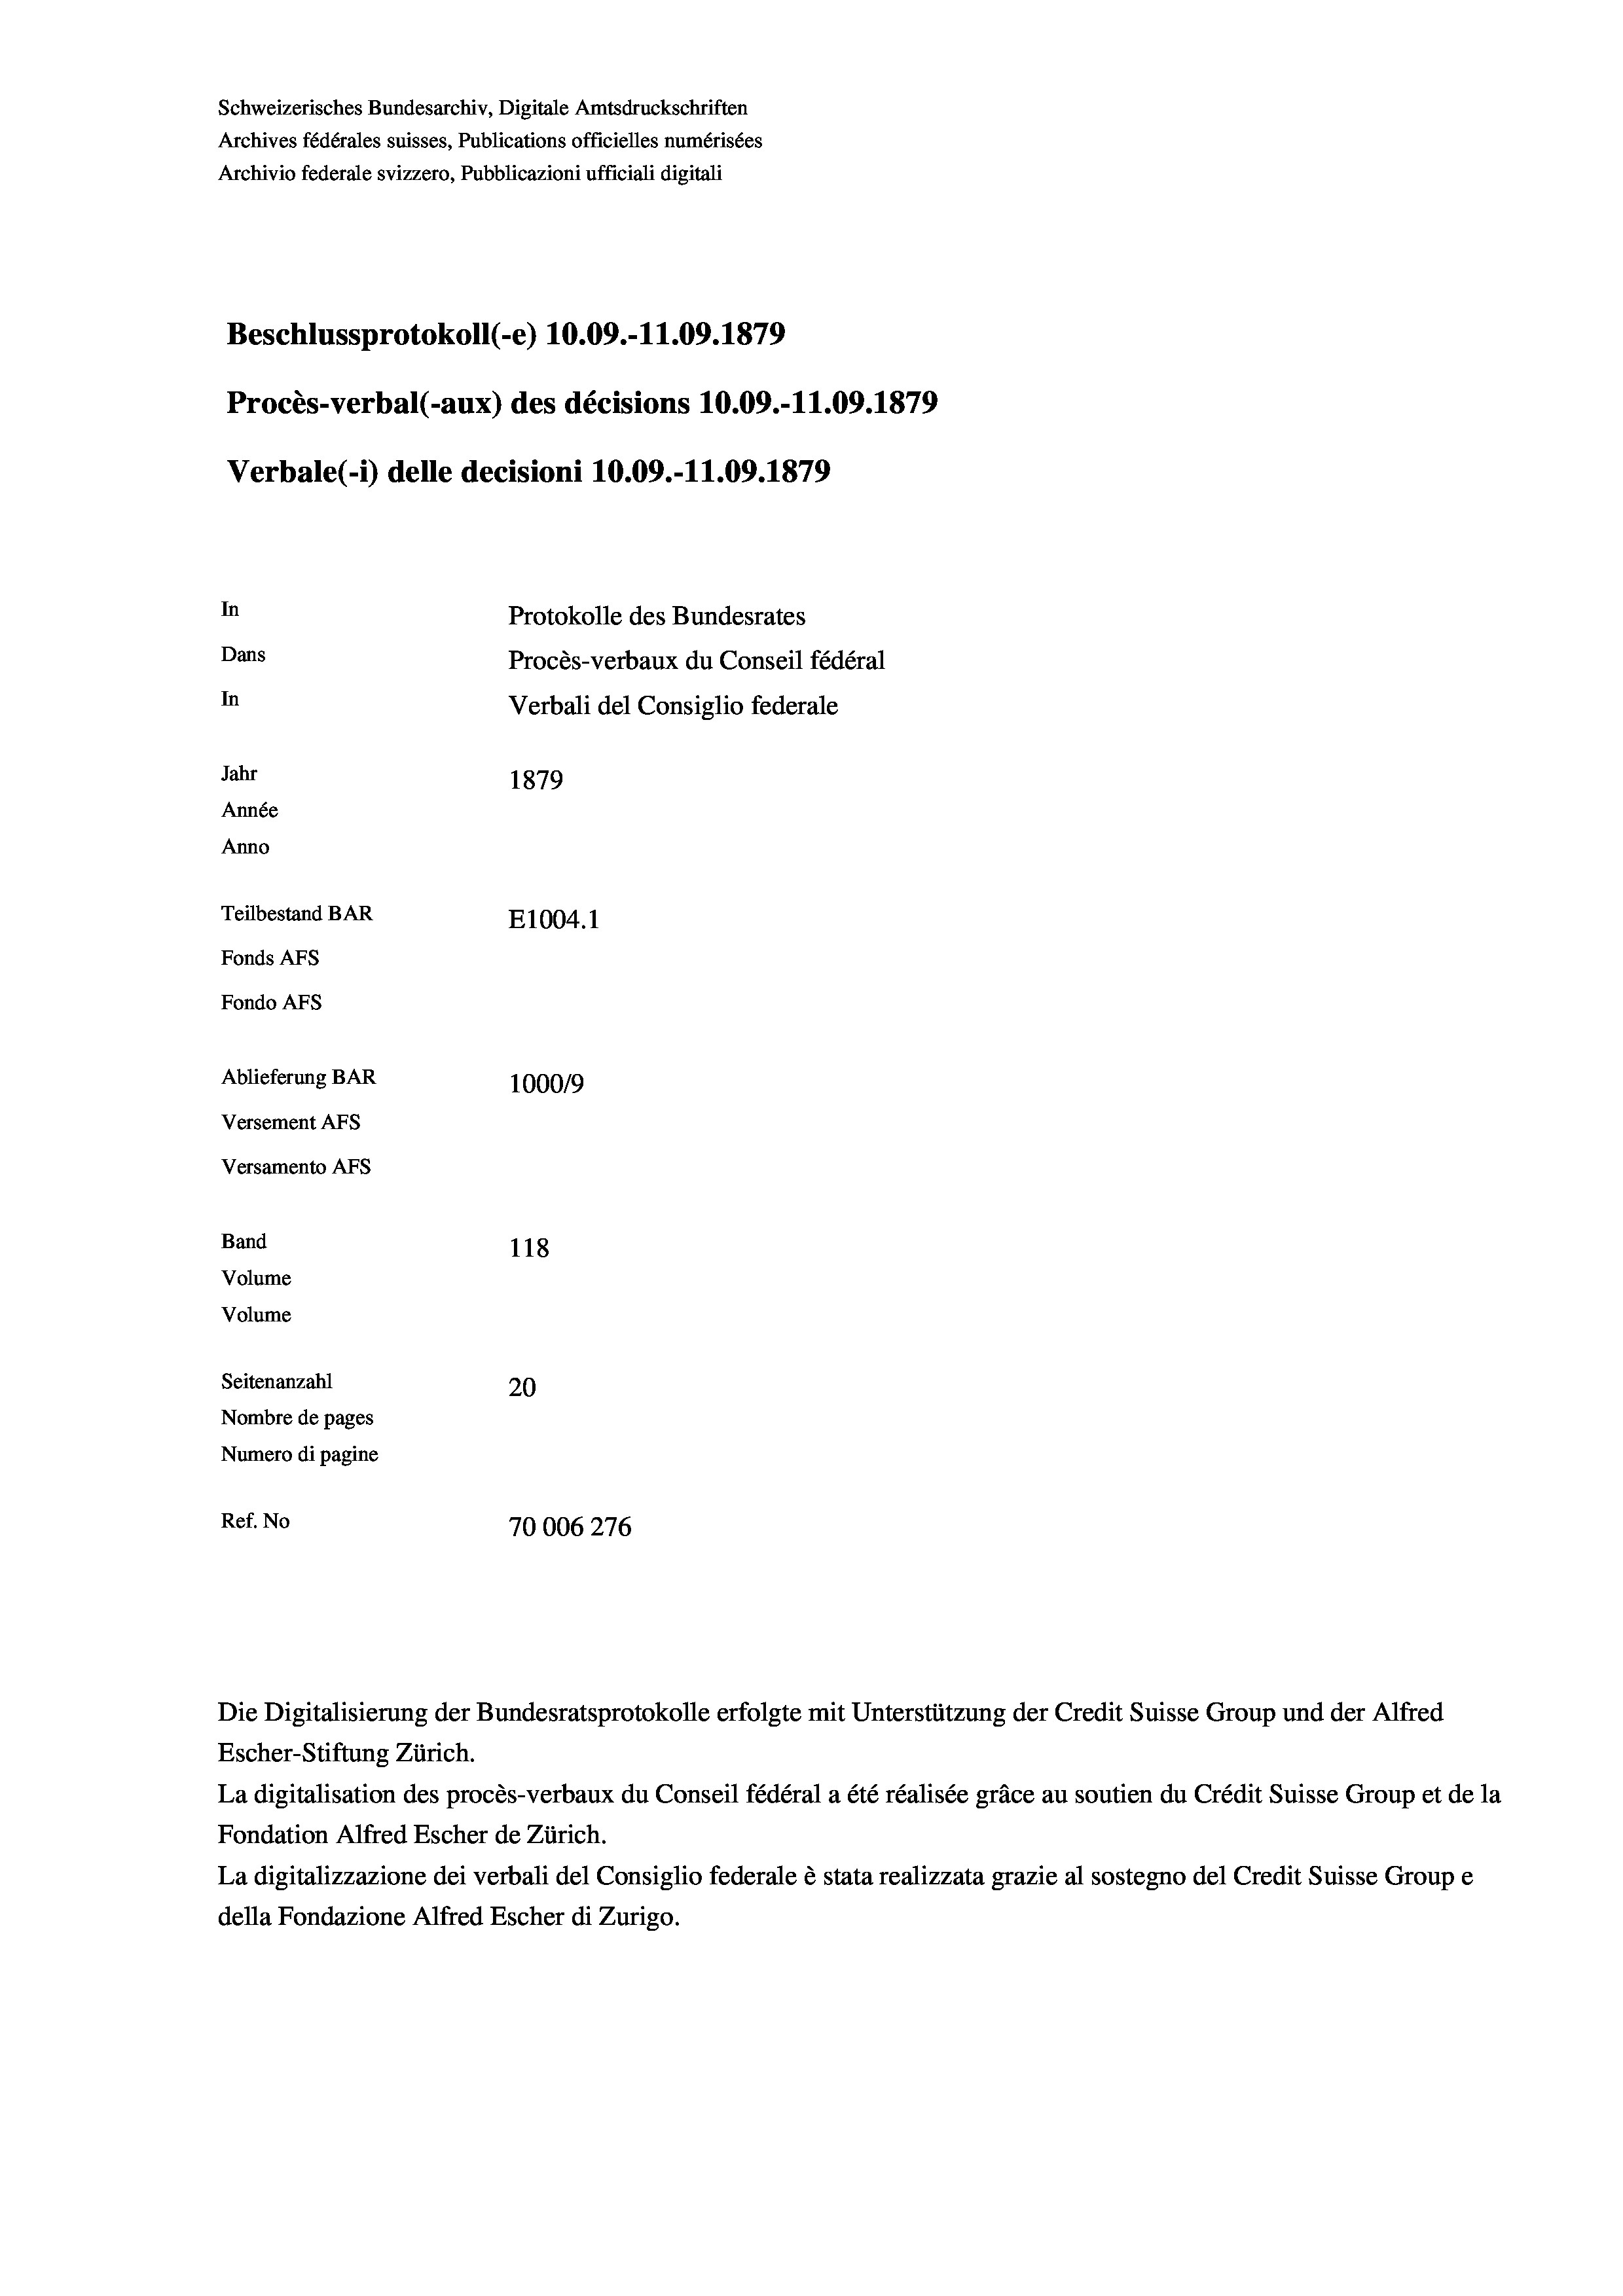
Schweizerisches Bundesarchiv, Digitale Amtsdruckschriften
Archives fédérales suisses, Publications officielles numérisées
Archivio federale svizzero, Pubblicazioni ufficiali digitali
Beschlussprotokoll (-e) 10.09.-11.09. 1879
Procès-verbal (-aux) des décisions 10.09.-11.09. 1879
Verbale(-) delle decisioni 10.09.-11.09. 1879
In
Protokolle des Bundesrates
Dans
Procès-verbaux du Conseil fédéral
In
Verbali del Consiglio federale
Jahr
1879
Année
Anno
Teilbestand BAR
E1004. 1
Fonds AFs
Fondo AFs
Ablieferung BAR
100019
Versement AFs
Versamento AFS
Band
118
Volume
Volume
Seitenanzahl
20
Nombre de pages
Numero di pagine
Ref. No
70006276

Escher-Stiftung Zürich.
La digitalisation des procès-verbaux du Conseil fédéral a été réalisée gräce au soutien du Crédit Suisse Group et de la
Fondation Alfred Escher de Zürich.
La digitalizzazione dei verbali del Consiglio federale è stata realizzata grazie al sostegno del Credit Suisse Groupe
della Fondazione Alfred Escher di Zurigo.

Die Digitalisierung der Bundesratsprotokolle erfolgte mit Unterstützung der Credit Suisse Group und der Alfred